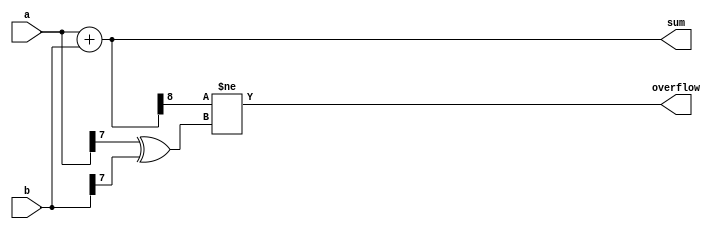
module parameterized_adder #(
    parameter N = 8  // Default bit width is set to 8
)(
    input  [N-1:0] a,  // N-bit input a
    input  [N-1:0] b,  // N-bit input b
    output reg [N:0] sum, // (N+1)-bit output sum
    output reg overflow     // Overflow indication (optional)
);

// Always block to perform the addition operation
always @* begin
    sum = a + b; // Perform binary addition
    overflow = (sum[N] != (a[N-1] ^ b[N-1])); // Check for overflow
end

endmodule